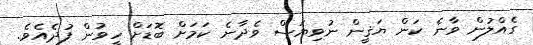
ގެއްލުން ވާނެ ކަން ޔަޤީން ނުވިޔަސް ވެދާނެ ކަމަށް ބޮޑަށް ހީވުން ފުދެއެވެ.